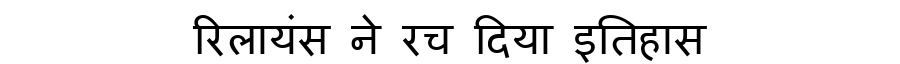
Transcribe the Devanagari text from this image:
रिलायंस ने रच दिया इतिहास